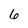
Character: 6